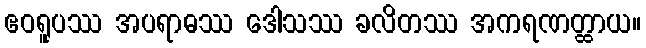
ဧဝရူပဿ အပရာဓဿ ဒေါသဿ ခလိတဿ အကရဏတ္ထာယ။